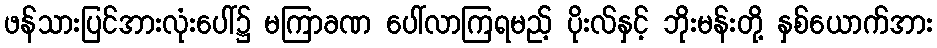
ဖန်သားပြင်အားလုံးပေါ်၌ မကြာခဏ ပေါ်လာကြရမည့် ပိုးလ်နှင့် ဘိုးမန်းတို့ နှစ်ယောက်အား